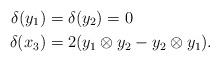
LaTeX: \begin{align*}\delta(y_1)&=\delta(y_2)=0\\\delta(x_3)&=2(y_1\otimes y_2-y_2\otimes y_1).\end{align*}